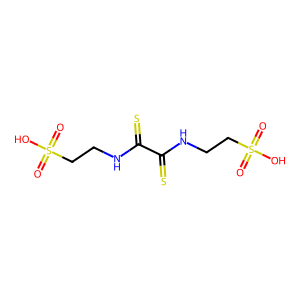
SMILES: O=S(=O)(O)CCNC(=S)C(=S)NCCS(=O)(=O)O
Inhibits HIV replication: No